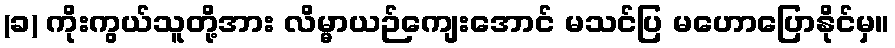
(ခ) ကိုးကွယ်သူတို့အား လိမ္မာယဉ်ကျေးအောင် မသင်ပြ မဟောပြောနိုင်မှ။